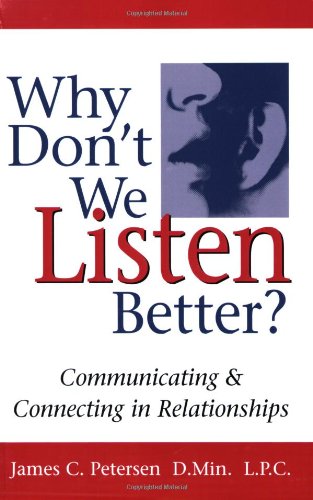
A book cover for Why Don't We Listen Better? Communicating & Connecting in Relationships; James C. Petersen    L.P.C. D.Min; Self-Help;